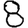
Digit: 8